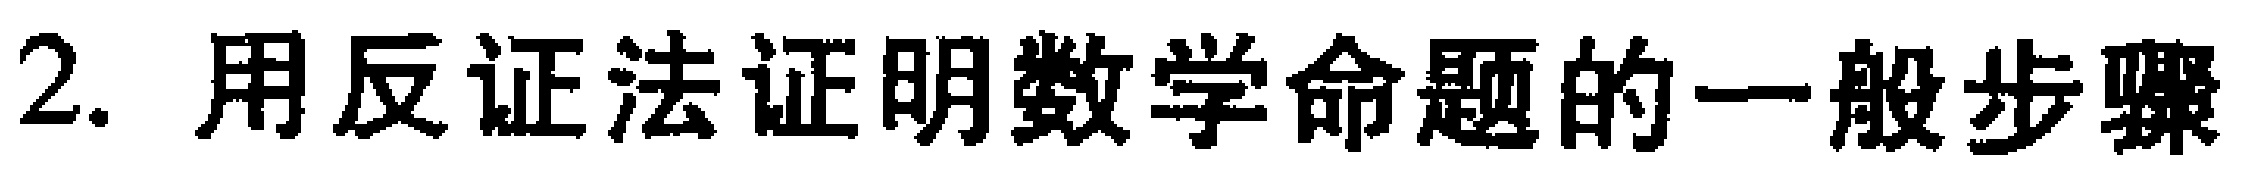
2. 用反证法证明数学命题的一般步骤